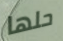
حلها